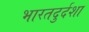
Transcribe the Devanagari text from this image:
भारतदुर्दशा